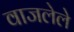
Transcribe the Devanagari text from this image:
वाजलेले